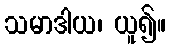
သမာဒါယ၊ ယူ၍။